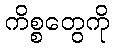
ကိစ္စတွေကို